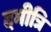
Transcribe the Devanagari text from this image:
दमीत्रि